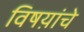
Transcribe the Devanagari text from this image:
विषय़ांचे